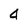
Character: 4